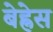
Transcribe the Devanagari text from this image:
बेह्नेस